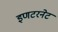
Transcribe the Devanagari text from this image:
इणटरनेट